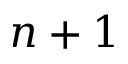
n + 1